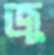
জু